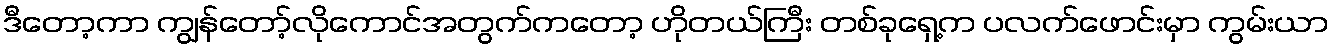
ဒီတော့ကာ ကျွန်တော့်လိုကောင်အတွက်ကတော့ ဟိုတယ်ကြီး တစ်ခုရှေ့က ပလက်ဖောင်းမှာ ကွမ်းယာ